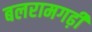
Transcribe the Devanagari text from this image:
बलरामगढ़ी